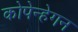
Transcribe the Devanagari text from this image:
कोपेन्हेगन